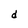
Character: d